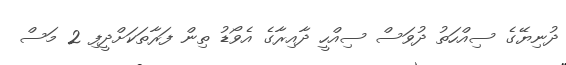
ދުނިޔޭގެ ސިއްހަތު ދުވަސް ސިއްހީ ދާއިރާގެ އެވޯޑު ތިން ފަރާތަކަށްދީފި 2 މަސް